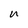
Character: n